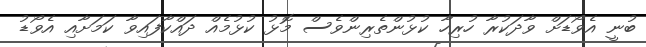
ބުނީ އެވޯޑަށް ވާދަކުރާ ހުރިހާ ކުޅުންތެރިންވެސް މޮޅު ކުޅުމެއް ދައްކާފައިވާ ކަމަށާއި އެވޯޑު